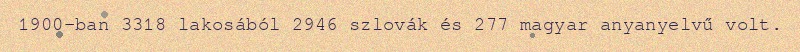
1900-ban 3318 lakosából 2946 szlovák és 277 magyar anyanyelvű volt.